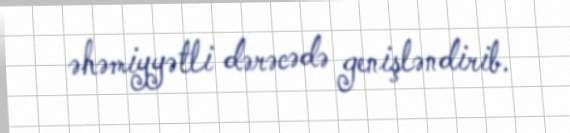
əhəmiyyətli dərəcədə genişləndirib.